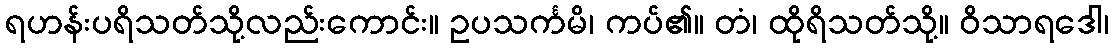
ရဟန်းပရိသတ်သို့လည်းကောင်း။ ဥပသင်္ကမိ၊ ကပ်၏။ တံ၊ ထိုရိသတ်သို့။ ဝိသာရဒေါ၊